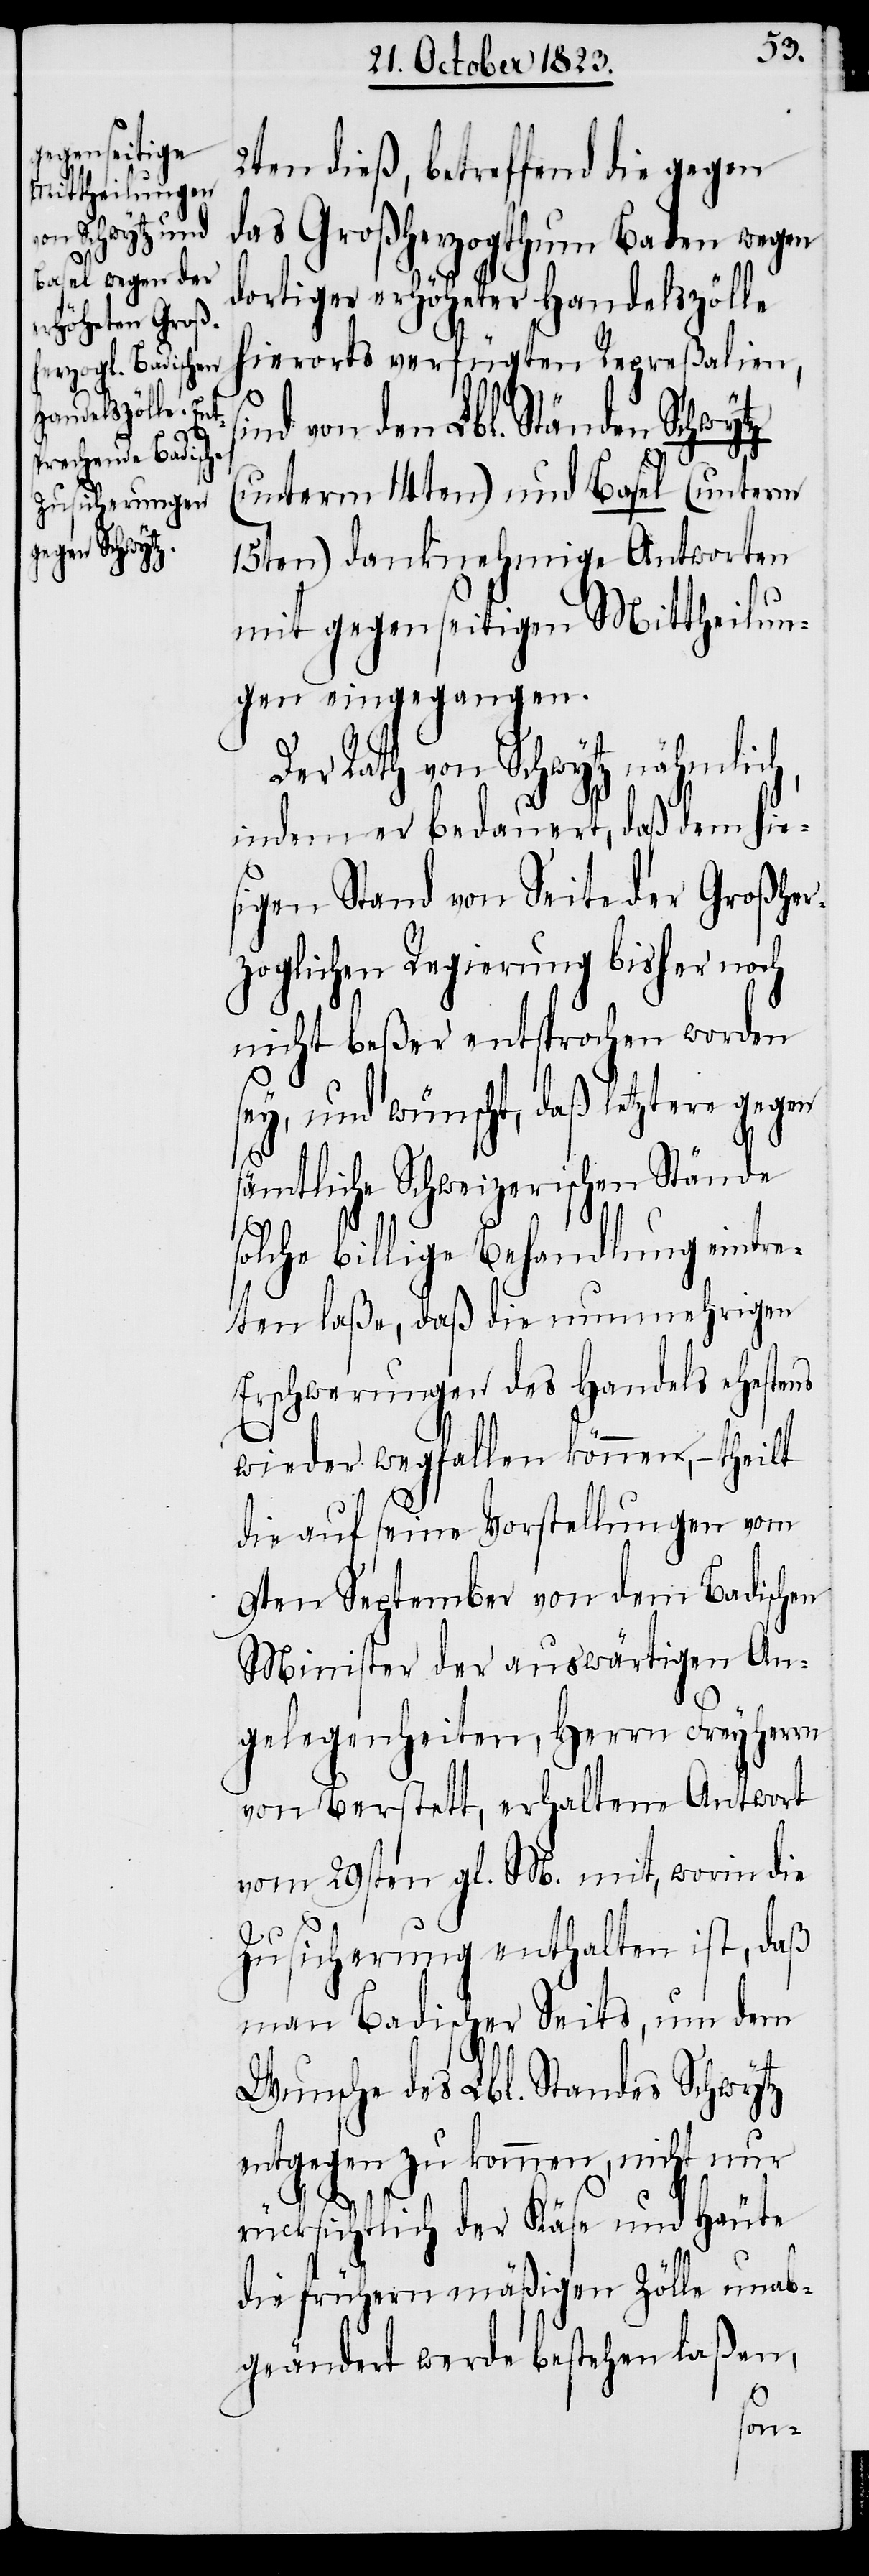
2ten dieß, betreffend die gegen
das Großherzogthum Baden wegen
dortiger erhöheter Handelszölle
hierorts verfügten Repreßalien,
d von den Lbl. Ständen Schwytz
(unterm 14ten) und Basel (unterm
15ten) danknehmige Antworten
mit gegenseitigen Mittheilun¬
gen eingegangen.
Der Rath von Schwytz nähmlich,
indem er bedauert, daß dem hie¬
sigen Stand von Seite der Großher¬
zoglichen Regierung bisher noch
nicht beßer entsprochen worden
sey, und wünscht, daß letztere gegen
sämtliche Schweizerischen Stände
solche billige Behandlung eintre¬
ten laße, daß die nunmehrigen
Erschwerungen des Handels ehestens
wieder wegfallen können, − theilt
die auf seine Vorstellungen vom
9ten September von dem Badischen
Minister der auswärtigen An¬
gelegenheiten, Herrn Freyherrn
von Berstett, erhaltene Antwort
vom 29sten gl. M. mit, worin die
Zusicherung enthalten ist, daß
man Badischer Seits, um dem
Wunsche des Lbl. Standes Schwytz
entgegen zu kommen, nicht nur
rücksichtlich der Käse und Häute
die frühern mäßigen Zölle unab¬
geändert werde bestehen laßen,
sin¬